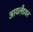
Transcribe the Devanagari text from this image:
आयर्लंडवर